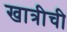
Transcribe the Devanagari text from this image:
खात्रीची